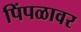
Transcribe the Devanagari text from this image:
पिंपळावर